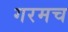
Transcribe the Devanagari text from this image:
गरमच